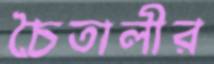
চৈতালীর